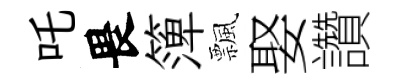
吒畏𥱼飄娶讚